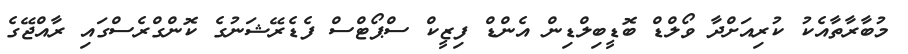
މުބާރާތާއެކު ކުރިއަށްދާ ވޯލްޑް ބޮޑީބިލްޑިން އެންޑް ފިޒީކް ސްޕޯޓްސް ފެޑެރޭޝަނުގެ ކޮންގްރެސްގައި ރާއްޖޭގެ